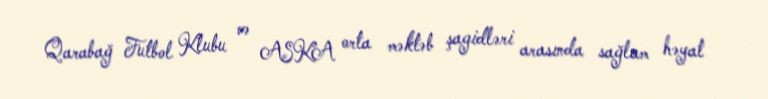
Qarabağ Futbol Klubu və ASKA orta məktəb şagidləri arasında sağlam həyat